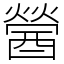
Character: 醟